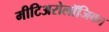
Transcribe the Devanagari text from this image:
मीटिअरोलॉजिका